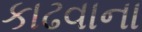
કાઢવાના